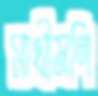
সাথীমণি